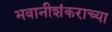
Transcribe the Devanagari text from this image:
भवानीशंकराच्या